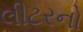
લીટરનો